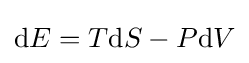
\mathrm {d} E=T\mathrm {d} S-P\mathrm {d} V